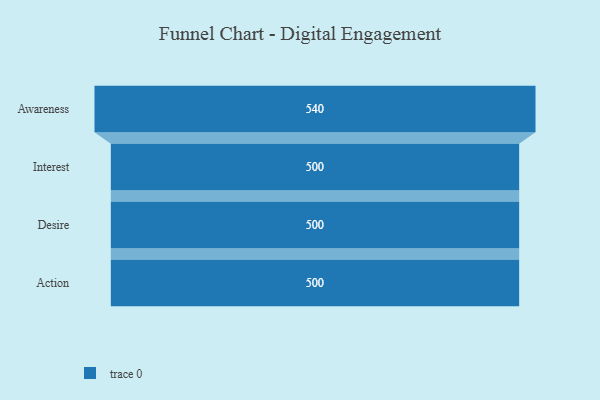
{"axis": {"x": "Stage", "y": "Value"}, "legend": [""], "data": [{"x": "Awareness", "y": 540.0, "type": ""}, {"x": "Interest", "y": 500, "type": ""}, {"x": "Desire", "y": 500, "type": ""}, {"x": "Action", "y": 500, "type": ""}]}